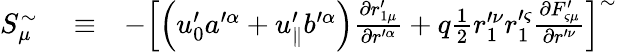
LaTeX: \begin{array}{rlr}{S_{\mu}^{\sim}}&{{}\equiv}&{-\left[\left(u_{0}^{\prime}a^{\prime\alpha}+u_{\parallel}^{\prime}b^{\prime\alpha}\right)\frac{\partial r_{1\mu}^{\prime}}{\partial r^{\prime\alpha}}+q\frac{1}{2}r_{1}^{\prime\nu}r_{1}^{\prime\varsigma}\frac{\partial F_{\varsigma\mu}^{\prime}}{\partial r^{\prime\nu}}\right]^{\sim}}\end{array}